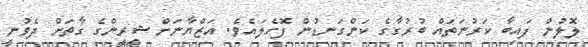
ލޮލުން ފައިބާ ކަރުނަތައް ބުރުގާގެ ކަންގަނޑުން ފޮހެލައެވެ. އަޒްޔާނަށް ޝީރީންގެ ގާތަށް ދެވުނީ